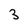
Character: 3